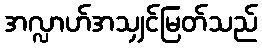
အလ္လာဟ်အသျှင်မြတ်သည်